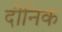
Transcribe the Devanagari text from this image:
दीनिक